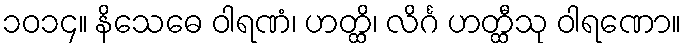
၁၀၁၄။ နိသေဓေ ဝါရဏံ၊ ဟတ္ထိ၊ လိင်္ဂ ဟတ္ထီသု ဝါရဏော။